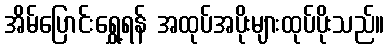
အိမ်ပြောင်းရွှေ့ရန် အထုပ်အပိုးများထုပ်ပိုးသည်။